Indian journal of veterinary science and animal husbandry - Volume 13,
Year: 1943
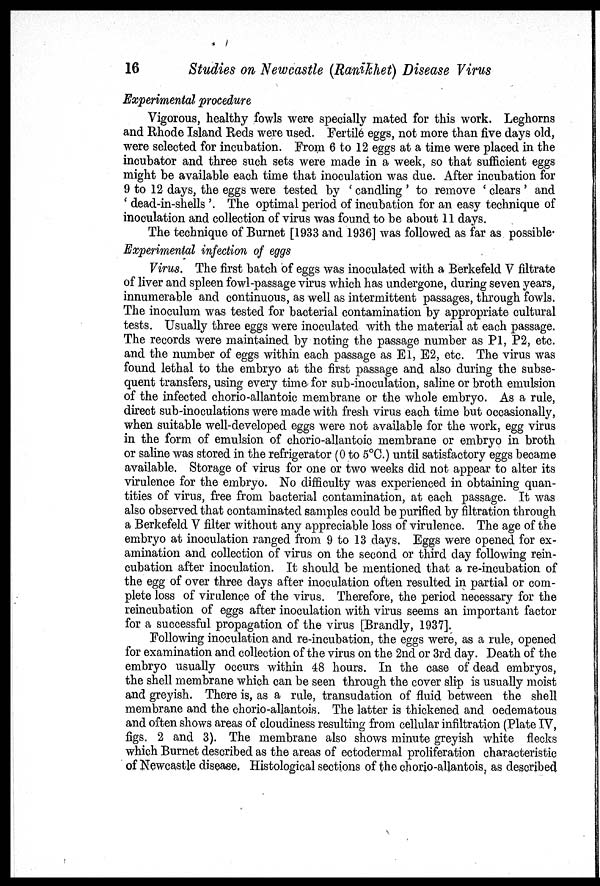
16
Studies on Newcastle (Ranikhet) Disease Virus
Experimental procedure
Vigorous, healthy fowls were specially mated for this work. Leghorns
and Rhode Island Reds were used. Fertile eggs, not more than five days old,
were selected for incubation. From 6 to 12 eggs at a time were placed in the
incubator and three such sets were made in a week, so that sufficient eggs
might be available each time that inoculation was due. After incubation for
9 to 12 days, the eggs were tested by ' candling ' to remove ' clears ' and
' dead-in-shells '. The optimal period of incubation for an easy technique of
inoculation and collection of virus was found to be about 11 days.
The technique of Burnet [1933 and 1936] was followed as far as possible'
Experimental infection of eggs
Virus. The first batch of eggs was inoculated with a Berkefeld V filtrate
of liver and spleen fowl-passage virus which has undergone, during seven years,
innumerable and continuous, as well as intermittent passages, through fowls.
The inoculum was tested for bacterial contamination by appropriate cultural
tests. Usually three eggs were inoculated with the material at each passage.
The records were maintained by noting the passage number as P1, P2, etc.
and the number of eggs within each passage as E1, E2, etc. The virus was
found lethal to the embryo at the first passage and also during the subse-
quent transfers, using every time-for sub-inoculation, saline or broth emulsion
of the infected chorio-allantoic membrane or the whole embryo. As a rule,
direct sub-inoculations were made with fresh virus each time but occasionally,
when suitable well-developed eggs were not available for the work, egg virus
in the form of emulsion of chorio-allantoic membrane or embryo in broth
or saline was stored in the refrigerator (0 to 5°C.) until satisfactory eggs became
available. Storage of virus for one or two weeks did not appear to alter its
virulence for the embryo. No difficulty was experienced in obtaining quan-
tities of virus, free from bacterial contamination, at each passage. It was
also observed that contaminated samples could be purified by filtration through
a Berkefeld V filter without any appreciable loss of virulence. The age of the
embryo at inoculation ranged from 9 to 13 days. Eggs were opened for ex-
amination and collection of virus on the second or third day following rein-
cubation after inoculation. It should be mentioned that a re-incubation of
the egg of over three days after inoculation often resulted in partial or com-
plete loss of virulence of the virus. Therefore, the period necessary for the
reincubation of eggs after inoculation with virus seems an important factor
for a successful propagation of the virus [Brandly, 1937].
Following inoculation and re-incubation, the eggs were, as a rule, opened
for examination and collection of the virus on the 2nd or 3rd day. Death of the
embryo usually occurs within 48 hours. In the case of dead embryos,
the shell membrane which can be seen through the cover slip is usually moist
and greyish. There is, as a rule, transudation of fluid between the shell
membrane and the chorio-allantois. The latter is thickened and oedematous
and often shows areas of cloudiness resulting from cellular infiltration (Plate IV,
figs. 2 and 3). The membrane also shows minute greyish white flecks
which Burnet described as the areas of ectodermal proliferation characteristic
of Newcastle disease, Histological sections of the chorio-allantois, as described